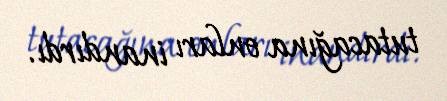
tutacağına onları inandırdı.